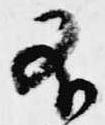
不